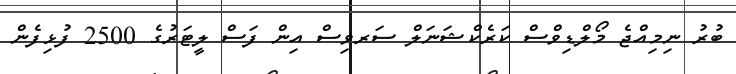
ބުރު ނިމިއްޖެ މޯލްޑިވްސް ކަރެކްޝަނަލް ސަރވިސް އިން ފަސް ލީޓަރުގެ 2500 ފުޅިފެން